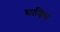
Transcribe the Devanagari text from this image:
सान्चिस